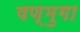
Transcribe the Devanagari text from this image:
षण्मुगा